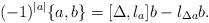
LaTeX: \begin{align*}(-1)^{|a|}\{a,b\} = {[\Delta,l_a]}b - l_{\Delta a}b.\end{align*}